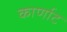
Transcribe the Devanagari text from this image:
कार्णाट